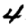
Digit: 4